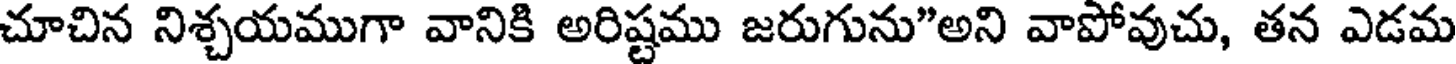
చూచిన నిశ్చయముగా వానికి అరిష్టము జరుగును"అని వాపోవుచు, తన ఎడమ